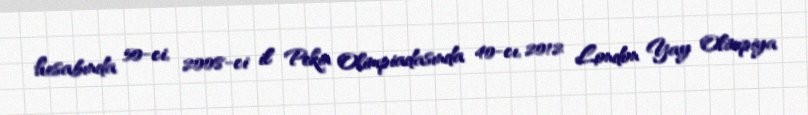
hesabında 50-ci, 2008-ci il Pekin Olimpiadasında 40-cı, 2012 London Yay Olimpiya